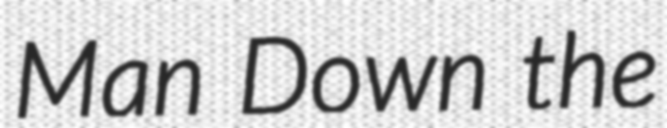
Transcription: Man Down the